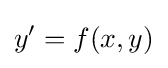
y'=f(x,y)